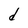
Character: d